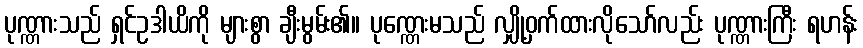
ပုဏ္ဏားသည် ရှင်ဥဒါယိကို များစွာ ချီးမွမ်း၏။ ပုဏ္ဏေးမသည် လျှို့ဝှက်ထားလိုသော်လည်း ပုဏ္ဏားကြီး ရဟန်း